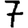
Digit: 7